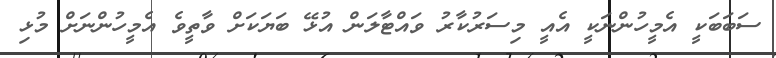
ސަބަބަކީ އެމީހުންނަކީ އެއީ މިސަރުކާރު ވައްޓާލަން އުޅޭ ބަޔަކަށް ވާތީވެ އެމީހުންނަށް މުޅި